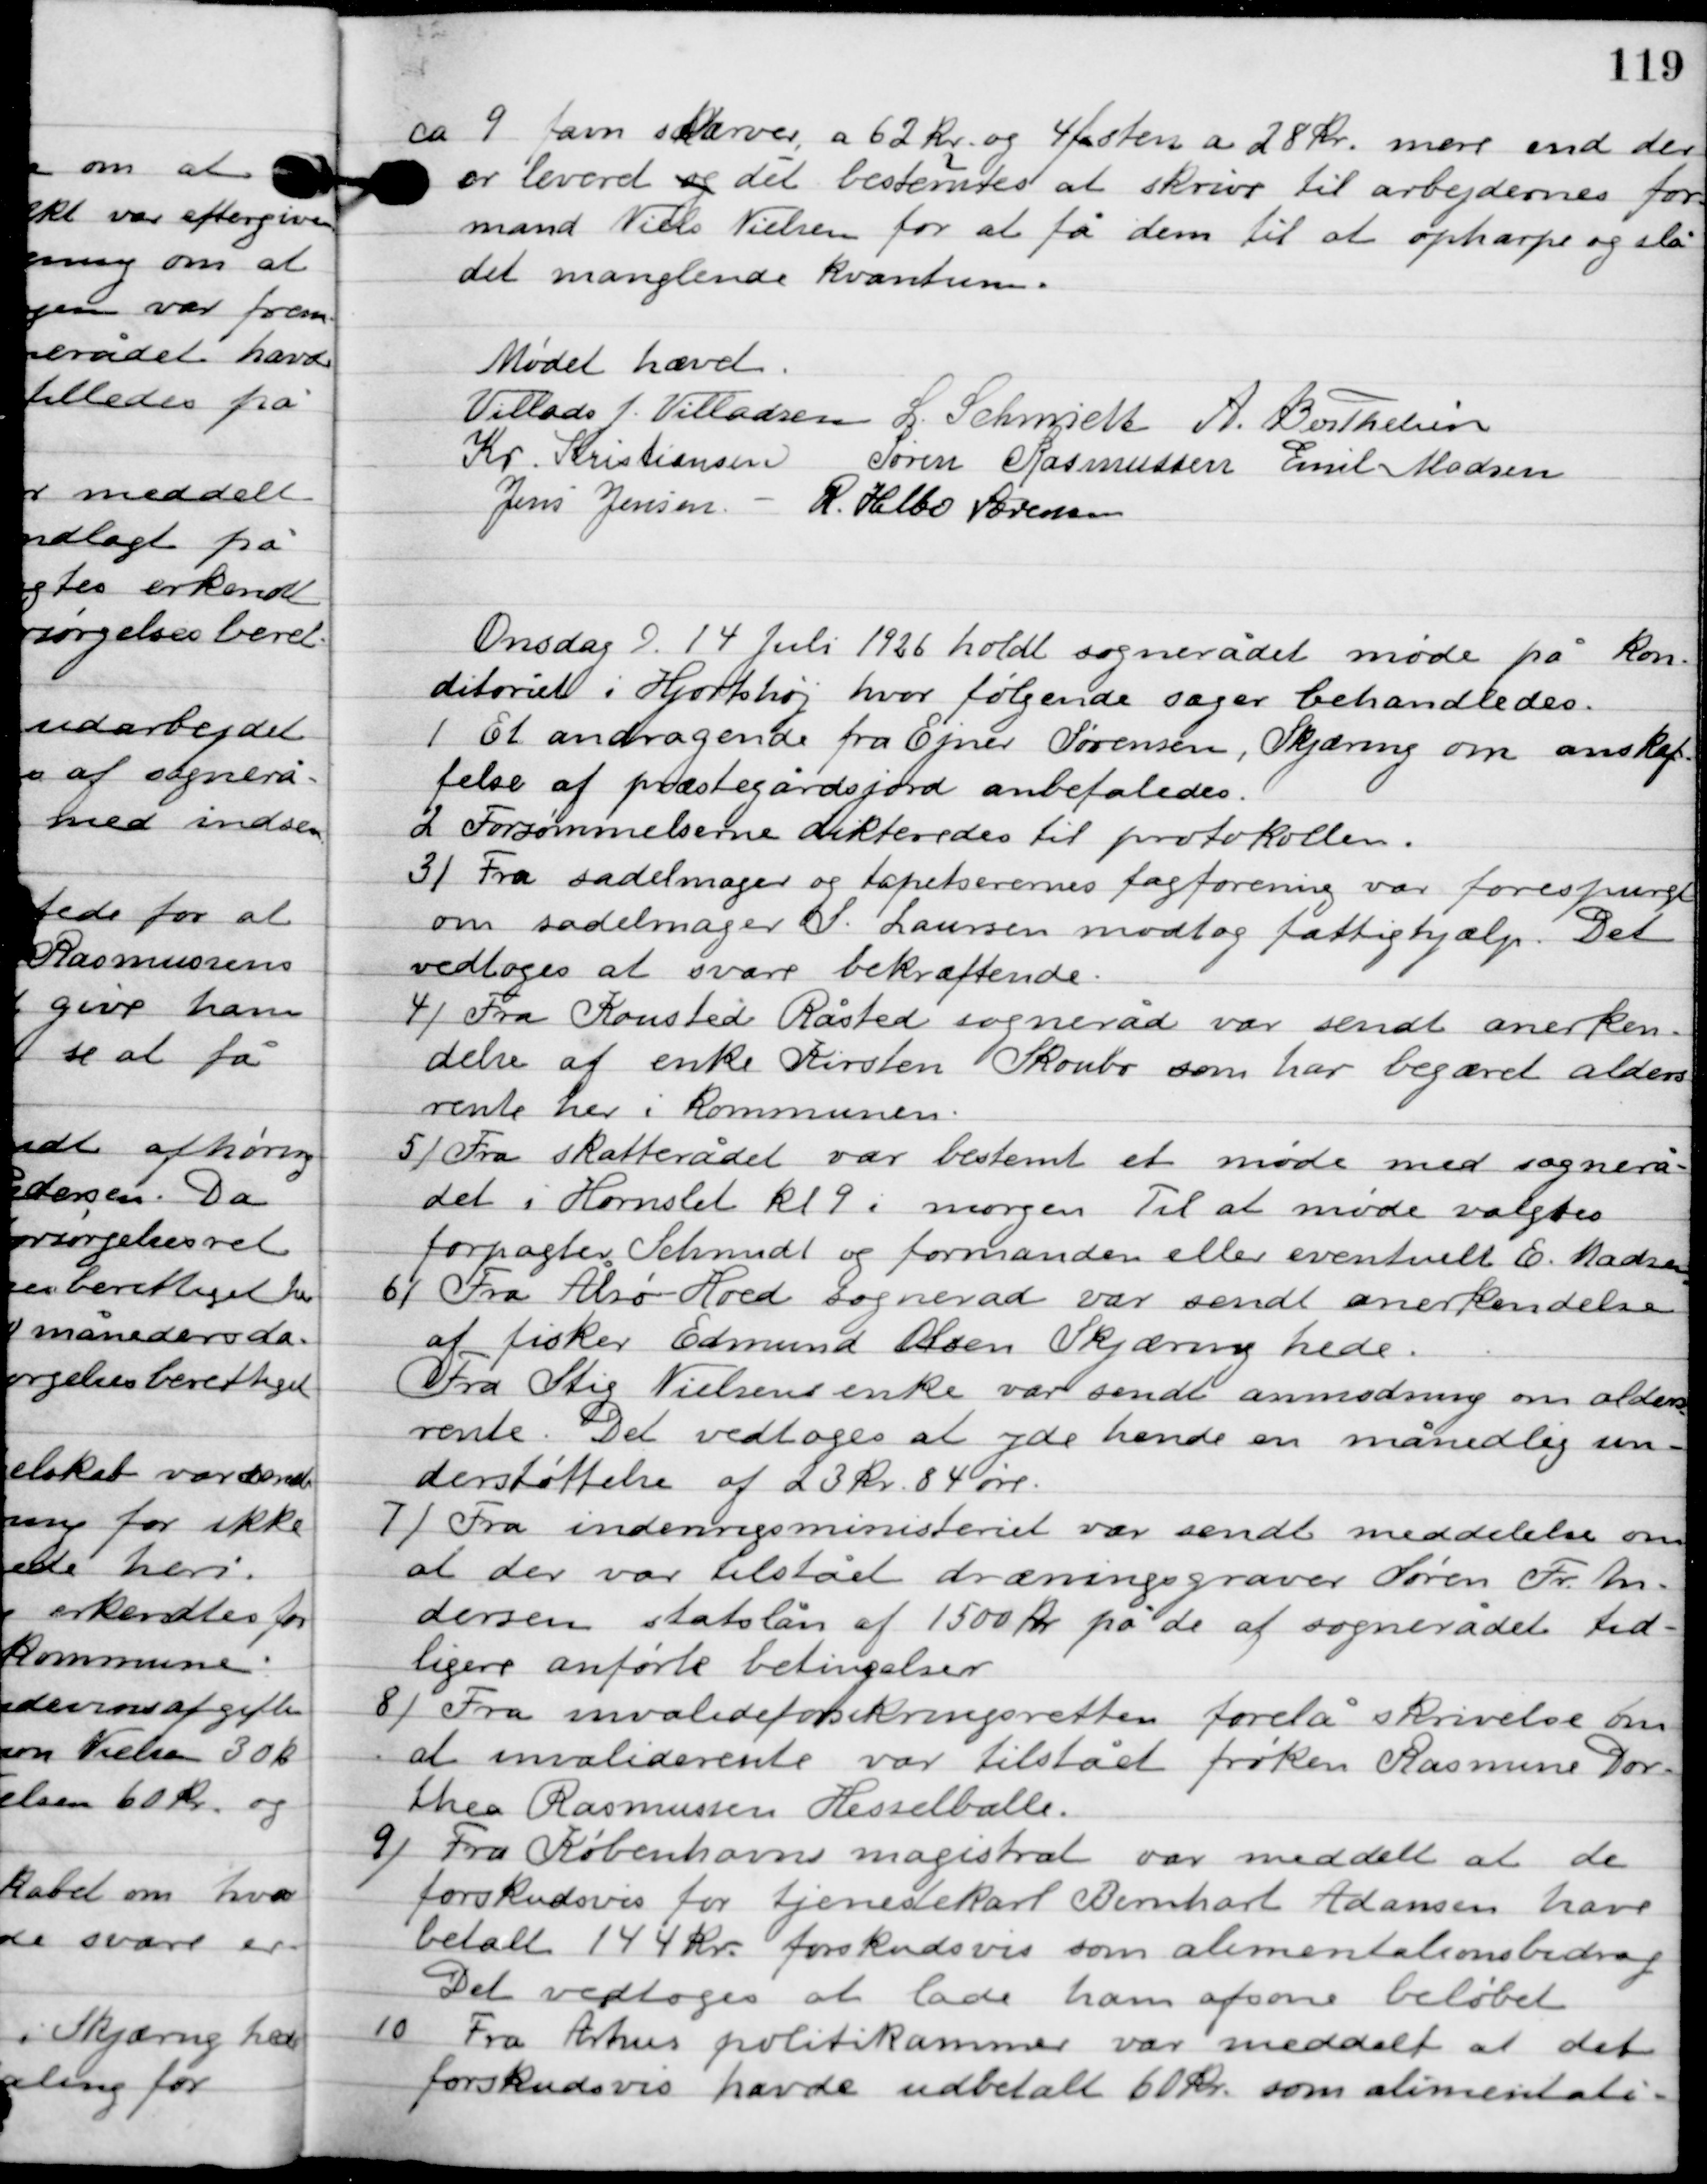
Transskription:
ca. 9 favn skærver, a 62 kr. og 4 fn. af sten a 28 kr. mere end der
er leveret det bestemtes at skrive til arbejdernes for-
mand Niels Nielsen for at få dem til at opharpe og slå
det manglende kvantum.

Mødet hævet.

Villads J. Villadsen
I. Schmidt
A. Berthelsen
Kr. Kristiansen
Søren Rasmussen
Emil Madsen
Jens Jensen
R. Helbo Sørensen

Onsdag D. 14. juli 1926 holdt sognerådet møde på sit lokale på kon-
ditoriet i Hjortshøj, hvor følgende sager behandledes.

1

Et andragende fra Ejner Sørensen, Skjæring om anskaf-
felse af præstegårdsjord anbefaledes.

2

Forsømmelse listerne dikteredes til protokollen.

3

Fra sadelmager og tapetserernes fagforening var forespurgt
om sadelmager S. Laursen modtog fattighjælp. Det
vedtoges at svare bekræftende.

4

Fra Kousted Råsted sogneråd var sendt anerken-
delse af enke Kirsten Skovbo som har begæret alders-
rente her i kommunen.

5

Fra skatterådet var bestemt et møde med sognerå-
det i Hornslet kl 9 i morgen Til et møde valgtes
forpagter Schmidt og formanden eller eventuelt E. Madsen.

6

Fra Altså Hoed sogneråd var endt anerkendelse
af fisker Edmund Olsen Skjæring hede.
 Fra Stig Nielsen enke var sendt anmodning om alders-
rente. Det vedtoges at yde hende en månedlig un-
derstøttelse af 23 kr. 84 øre.

7

Fra indenrigsministeriet var sendt meddelelse om
at der var tilstået dræningsgraver Søren Fr. An-
dersen stadslån af 1500 kr. på de af sognerådets tid-
ligere anførte betingelser.

8

Fra invalideforsikringsretten forelå skrivelse om
at invaliderente var tilstået frøken Rasmine Dor-
thea Rasmussen Hesselballe.

9

Fra København magistrat var meddelt at de
forskudsvis for tjenestekarl Bernhardt Adamsen havde
betalt 144 kr. forskudsvis som alimentationsbedrag.
Det vedtoges at lade ham afsone beløbet

10

Fra Århus politiet kammer var meddelt at det
forskudsvis havde udbetalt 60 kr. som alimentati-